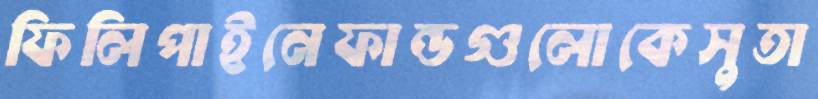
ফিলিপাইনেফান্ডগুলোকেসুতা